Calcutta medical institutions reports 1879-81 [i.e.91]
Year: 1879
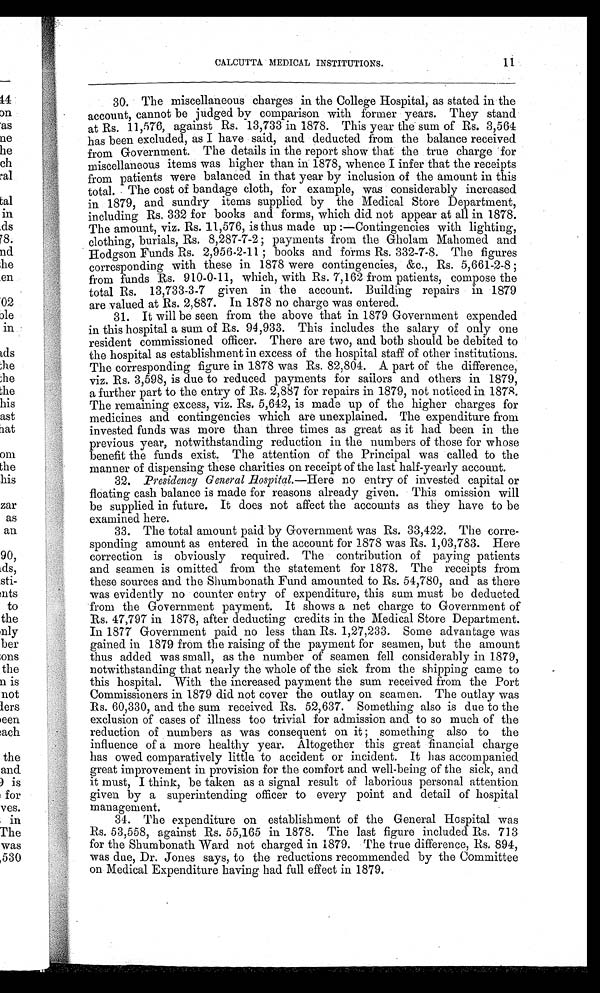
11
CALCUTTA MEDICAL INSTITUTIONS.
30. The miscellaneous charges in the College Hospital, as stated in the
account, cannot be judged by comparison with former years. They stand
at Rs. 11,576, against Rs. 13,733 in 1878. This year the sum of Rs. 3,564
has been excluded, as I have said, and deducted from the balance received
from Government. The details in the report show that the true charge for
miscellaneous items was higher than in 1878, whence I infer that the receipts
from patients were balanced in that year by inclusion of the amount in this
total. The cost of bandage cloth, for example, was considerably increased
in 1879, and sundry items supplied by the Medical Store Department,
including Rs. 332 for books and forms, which did not appear at all in 1878.
The amount, viz. Rs. 11,576, is thus made up:—Contingencies with lighting,
clothing, burials, Rs. 8,287-7-2; payments from the Gholam Mahomed and
Hodgson Funds Rs. 2,956-2-11; books and forms Rs. 332-7-8. The figures
corresponding with these in 1878 were contingencies, &c., Rs. 5,661-2-8;
from funds Rs. 910-0-11, which, with Rs. 7,162 from patients, compose the
total Rs. 13,733-3-7 given in the account. Building repairs in 1879
are valued at Rs. 2,887. In 1878 no charge was entered.
31. It will be seen from the above that in 1879 Government expended
in this hospital a sum of Rs. 94,933. This includes the salary of only one
resident commissioned officer. There are two, and both should be debited to
the hospital as establishment in excess of the hospital staff of other institutions.
The corresponding figure in 1878 was Rs. 82,804. A part of the difference,
viz. Rs. 3,598, is due to reduced payments for sailors and others in 1879,
a further part to the entry of Rs. 2,887 for repairs in 1879, not noticed in 1878.
The remaining excess, viz. Rs. 5,642, is made up of the higher charges for
medicines and contingencies which are unexplained. The expenditure from
invested funds was more than three times as great as it had been in the
previous year, notwithstanding reduction in the numbers of those for whose
benefit the funds exist. The attention of the Principal was called to the
manner of dispensing these charities on receipt of the last half-yearly account.
32.
Presidency General Hospital.— Here no entry of invested capital or
floating cash balance is made for reasons already given. This omission will
be supplied in future. It does not affect the accounts as they have to be
examined here.
33. The total amount paid by Government was Rs. 33,422. The corre
- s p o n d i n g a m o u n t a s e n t e r e d i n t h e a c c o u n t f o r 1 8 7 8 w a s R s . 1 , 0 3 , 7 8 3 . H e r e
correction is obviously required. The contribution of paying patients
and seamen is omitted from the statement for 1878. The receipts from
these sources and the Shumbonath Fund amounted to Rs. 54,780, and as there
was evidently no counter entry of expenditure, this sum must be deducted
from the Government payment. It shows a net charge to Government of
Rs. 47,797 in 1878, after deducting credits in the Medical Store Department.
In 1877 Government paid no less than Rs. 1,27,233. Some advantage was
gained in 1879 from the raising of the payment for seamen, but the amount
thus added was small, as the number of seamen fell considerably in 1879,
notwithstanding that nearly the whole of the sick from the shipping came to
this hospital. With the increased payment the sum received from the Port
Commissioners in 1879 did not cover the outlay on seamen. The outlay was
Rs. 60,330, and the sum received Rs. 52,637. Something also is due to the
exclusion of cases of illness too trivial for admission and to so much of the
reduction of numbers as was consequent on it; something also to the
influence of a more healthy year. Altogether this great financial charge
has owed comparatively little to accident or incident. It has accompanied
great improvement in provision for the comfort and well-being of the sick, and
it must, I think, be taken as a signal result of laborious personal attention
given by a superintending officer to every point and detail of hospital
management.
34. The expenditure on establishment of the General Hospital was
Rs. 53,558, against Rs. 55,165 in 1878. The last figure included Rs. 713
for the Shumbonath Ward not charged in 1879. The true difference, Rs. 894,
was due, Dr. Jones says, to the reductions recommended by the Committee
on Medical Expenditure having had full effect in 1879.